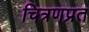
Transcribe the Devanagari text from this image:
चित्रणप्रत